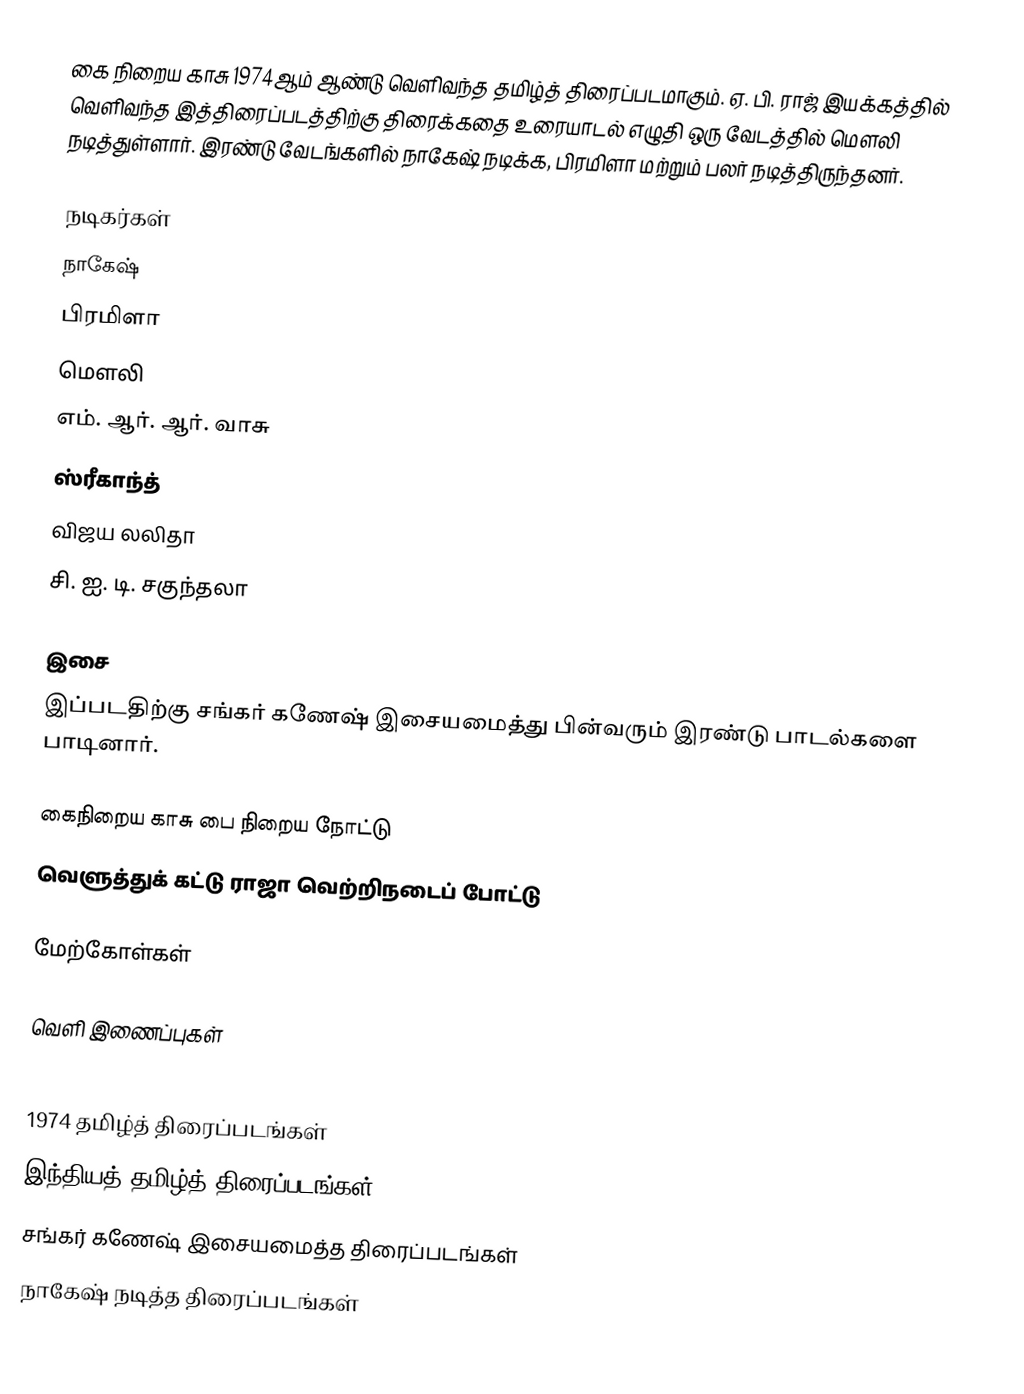
கை நிறைய காசு 1974ஆம் ஆண்டு வெளிவந்த தமிழ்த் திரைப்படமாகும். ஏ. பி. ராஜ் இயக்கத்தில் வெளிவந்த இத்திரைப்படத்திற்கு திரைக்கதை உரையாடல் எழுதி ஒரு வேடத்தில் மௌலி நடித்துள்ளார். இரண்டு வேடங்களில் நாகேஷ் நடிக்க, பிரமிளா மற்றும் பலர் நடித்திருந்தனர்.

நடிகர்கள்
 நாகேஷ்
 பிரமிளா
 மௌலி
 எம். ஆர். ஆர். வாசு
 ஸ்ரீகாந்த்
 விஜய லலிதா
 சி. ஐ. டி. சகுந்தலா

இசை
இப்படதிற்கு சங்கர் கணேஷ் இசையமைத்து பின்வரும் இரண்டு பாடல்களை பாடினார்.

 கைநிறைய காசு பை நிறைய நோட்டு
வெளுத்துக் கட்டு ராஜா வெற்றிநடைப் போட்டு

மேற்கோள்கள்

வெளி இணைப்புகள்

1974 தமிழ்த் திரைப்படங்கள்
இந்தியத் தமிழ்த் திரைப்படங்கள்
சங்கர் கணேஷ் இசையமைத்த திரைப்படங்கள்
நாகேஷ் நடித்த திரைப்படங்கள்